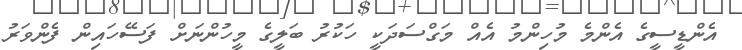
އެންޑީސީގެ އެންމެ މުހިންމު އެއް މަގްސަދަކީ ހަކުރު ބަލީގެ މީހުންނަށް ފަސޭހައިން ފެންވަރު